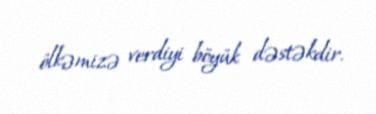
ölkəmizə verdiyi böyük dəstəkdir.